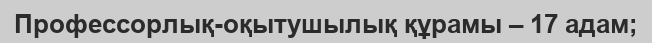
Профессорлық-оқытушылық құрамы – 17 адам;